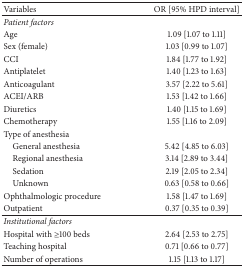
| Variables | OR [95% HPD interval] |
 | --- | --- |
 | Patient factors |  |
 | Age | 1.09 [1.07 to 1.11] |
 | Sex (female) | 1.03 [0.99 to 1.07] |
 | CCI | 1.84 [1.77 to 1.92] |
 | Antiplatelet | 1.40 [1.23 to 1.63] |
 | Anticoagulant | 3.57 [2.22 to 5.61] |
 | ACEI/ARB | 1.53 [1.42 to 1.66] |
 | Diuretics | 1.40 [1.15 to 1.69] |
 | Chemotherapy | 1.55 [1.16 to 2.09] |
 | Type of anesthesia |  |
 | General anesthesia | 5.42 [4.85 to 6.03] |
 | Regional anesthesia | 3.14 [2.89 to 3.44] |
 | Sedation | 2.19 [2.05 to 2.34] |
 | Unknown | 0.63 [0.58 to 0.66] |
 | Ophthalmologic procedure | 1.58 [1.47 to 1.69] |
 | Outpatient | 0.37 [0.35 to 0.39] |
 | Institutional factors |  |
 | Hospital with ≥100 beds | 2.64 [2.53 to 2.75] |
 | Teaching hospital | 0.71 [0.66 to 0.77] |
 | Number of operations | 1.15 [1.13 to 1.17] |